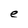
Character: e